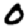
Digit: 0